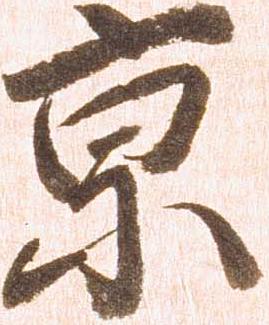
京